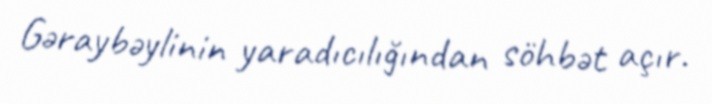
Gəraybəylinin yaradıcılığından söhbət açır.